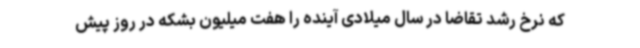
که نرخ رشد تقاضا در سال میلادی آینده را هفت میلیون بشکه در روز پیش